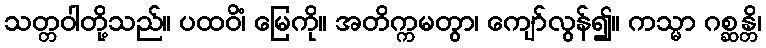
သတ္တဝါတို့သည်။ ပထဝိံ၊ မြေကို။ အတိက္ကမတွာ၊ ကျော်လွန်၍။ ကသ္မာ ဂစ္ဆန္တိ၊